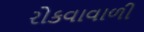
રોકવાવાળી